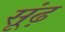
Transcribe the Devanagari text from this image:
सूंढ़